Problem: 2 × 2 = ?
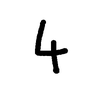
Handwritten answer: 4